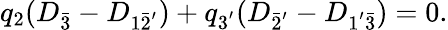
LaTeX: q_{2}(D_{\bar{3}}-D_{1\bar{2}^{'}})+q_{3^{'}}(D_{\bar{2}^{'}}-D_{1^{'}\bar{3}})=0.